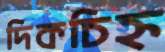
দিকচিহ্ন